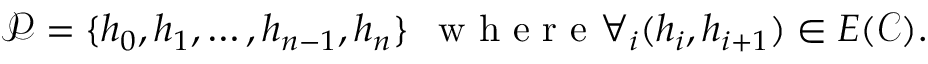
\mathcal P = \{ h _ { 0 } , h _ { 1 } , \ldots , h _ { n - 1 } , h _ { n } \} \: \: \mathrm { ~ w ~ h ~ e ~ r ~ e ~ } \forall _ { i } ( h _ { i } , h _ { i + 1 } ) \in E ( \mathcal C ) .